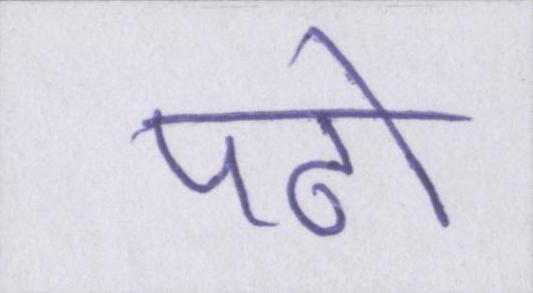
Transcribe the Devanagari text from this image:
पढो